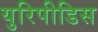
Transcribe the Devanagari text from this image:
युरिपीडिस